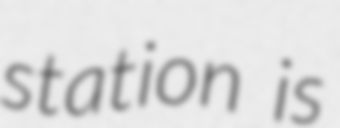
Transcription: station is